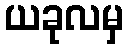
ယခုလမှ